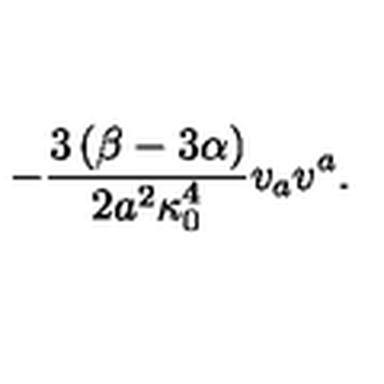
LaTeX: - \frac { 3 \left( \beta - 3 \alpha \right) } { 2 a ^ { 2 } \kappa _ { 0 } ^ { 4 } } v _ { a } v ^ { a } .